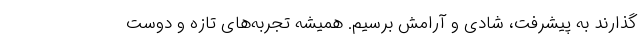
گذارند به پیشرفت، شادی و آرامش برسیم. همیشه تجربه‌های تازه و دوست